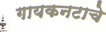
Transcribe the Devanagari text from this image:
गायकनटाचे